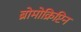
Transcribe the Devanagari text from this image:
ब्रोमोक्रिप्टिन